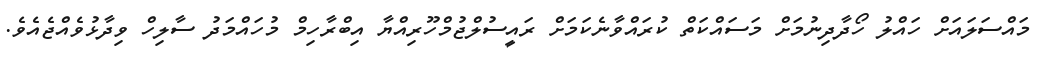
މައްސަލައަށް ހައްލު ހޯދާދިނުމަށް މަސައްކަތް ކުރައްވާނެކަމަށް ރައީސުލްޖުމްހޫރިއްޔާ އިބްރާހިމް މުހައްމަދު ސާލިހް ވިދާޅުވެއްޖެއެވެ.